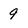
Character: 9